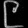
Digit: ၉